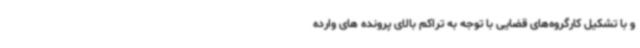
و با تشکیل کارگروه‌های قضایی با توجه به تراکم بالای پرونده های وارده